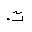
Letter: _ta